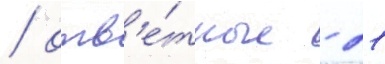
/ отв'е́тные - 21